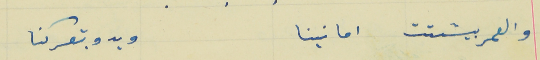
والعمر بيشتت امانينا                                                ويدو بتعركنا